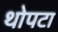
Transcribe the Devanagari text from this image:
थोपटा